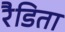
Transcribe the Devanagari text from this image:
रैडिता